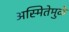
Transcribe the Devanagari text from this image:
अस्मितेमुळे